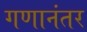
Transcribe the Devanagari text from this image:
गणानंतर